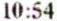
10:54